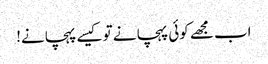
اب مجھے کوئی پہچانے تو کیسے پہچانے!